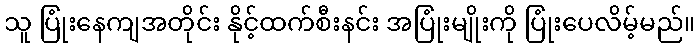
သူ ပြုံးနေကျအတိုင်း နိုင့်ထက်စီးနင်း အပြုံးမျိုးကို ပြုံးပေလိမ့်မည်။